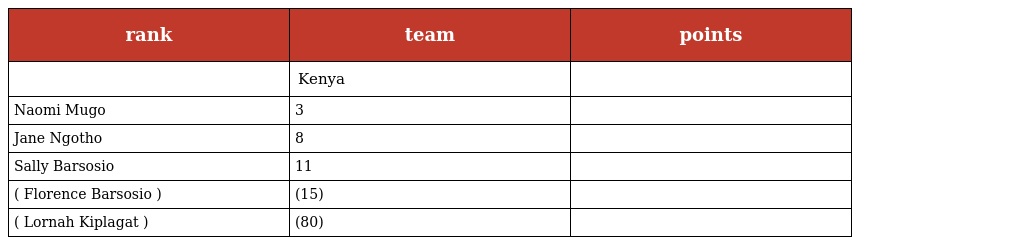
| rank | team | points |
 | --- | --- | --- |
 |  | Kenya |  |
 | Naomi Mugo | 3 |  |
 | Jane Ngotho | 8 |  |
 | Sally Barsosio | 11 |  |
 | ( Florence Barsosio ) | (15) |  |
 | ( Lornah Kiplagat ) | (80) |  |